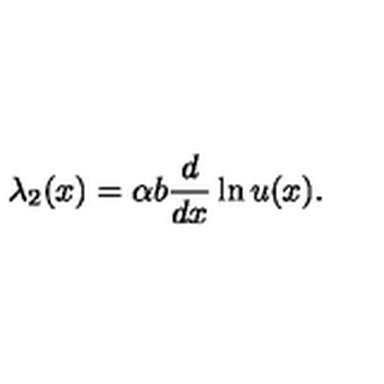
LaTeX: \lambda _ { 2 } ( x ) = \alpha b { \frac { d } { d x } } \ln u ( x ) .